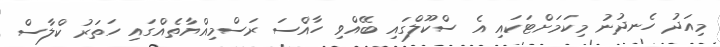
މިއަދު ހެނދުނު މިކަމަށްޓަކައި އެ ސްކޫލްގައި ބޭއްވި ހާއްސަ ރަސްމިއްޔާތެއްގައި ހަތަރު ކްލާސް